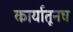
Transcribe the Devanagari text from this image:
कार्यातूनच